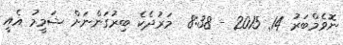
ނޮވެމްބަރު 14